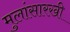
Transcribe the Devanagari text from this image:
मुलांसारखी